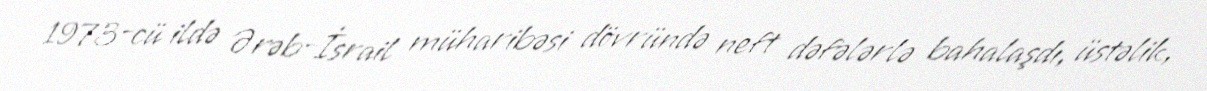
1973-cü ildə Ərəb-İsrail müharibəsi dövründə neft dəfələrlə bahalaşdı, üstəlik,